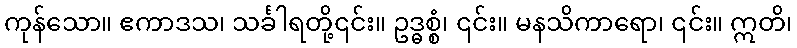
ကုန်သော။ ဧကာဒသ၊ သင်္ခါရတို့၎င်း။ ဥဒ္ဓစ္စံ၊ ၎င်း။ မနသိကာရော၊ ၎င်း။ ဣတိ၊